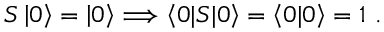
S \left| 0 \right\rangle = \left| 0 \right\rangle \Longrightarrow \left\langle 0 | S | 0 \right\rangle = \left\langle 0 | 0 \right\rangle = 1 ~ .